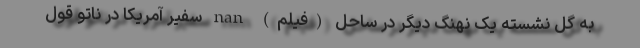
به گل نشسته یک نهنگ دیگر در ساحل (فیلم) nan سفیر آمریکا در ناتو قول